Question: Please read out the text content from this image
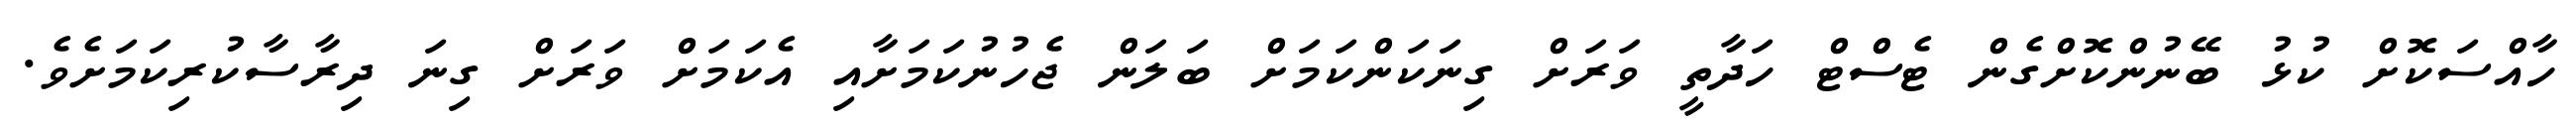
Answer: ހާއްސަކޮށް ކުޅު ބޭނުންކޮށްގެން ޓެސްޓް ހަދާތީ ވަރަށް ގިނަކަންކަމަށް ބަލަން ޖެހުނުކަމަށާއި އެކަމަށް ވަރަށް ގިނަ ދިރާސާކުރިކަމަށެވެ.